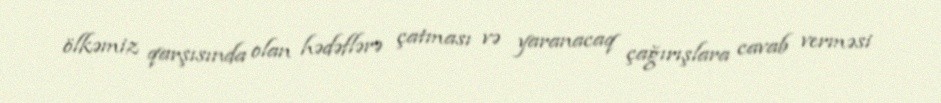
ölkəmiz qarşısında olan hədəflərə çatması və yaranacaq çağırışlara cavab verməsi